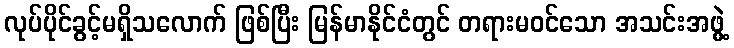
လုပ်ပိုင်ခွင့်မရှိသလောက် ဖြစ်ပြီး မြန်မာနိုင်ငံတွင် တရားမဝင်သော အသင်းအဖွဲ့